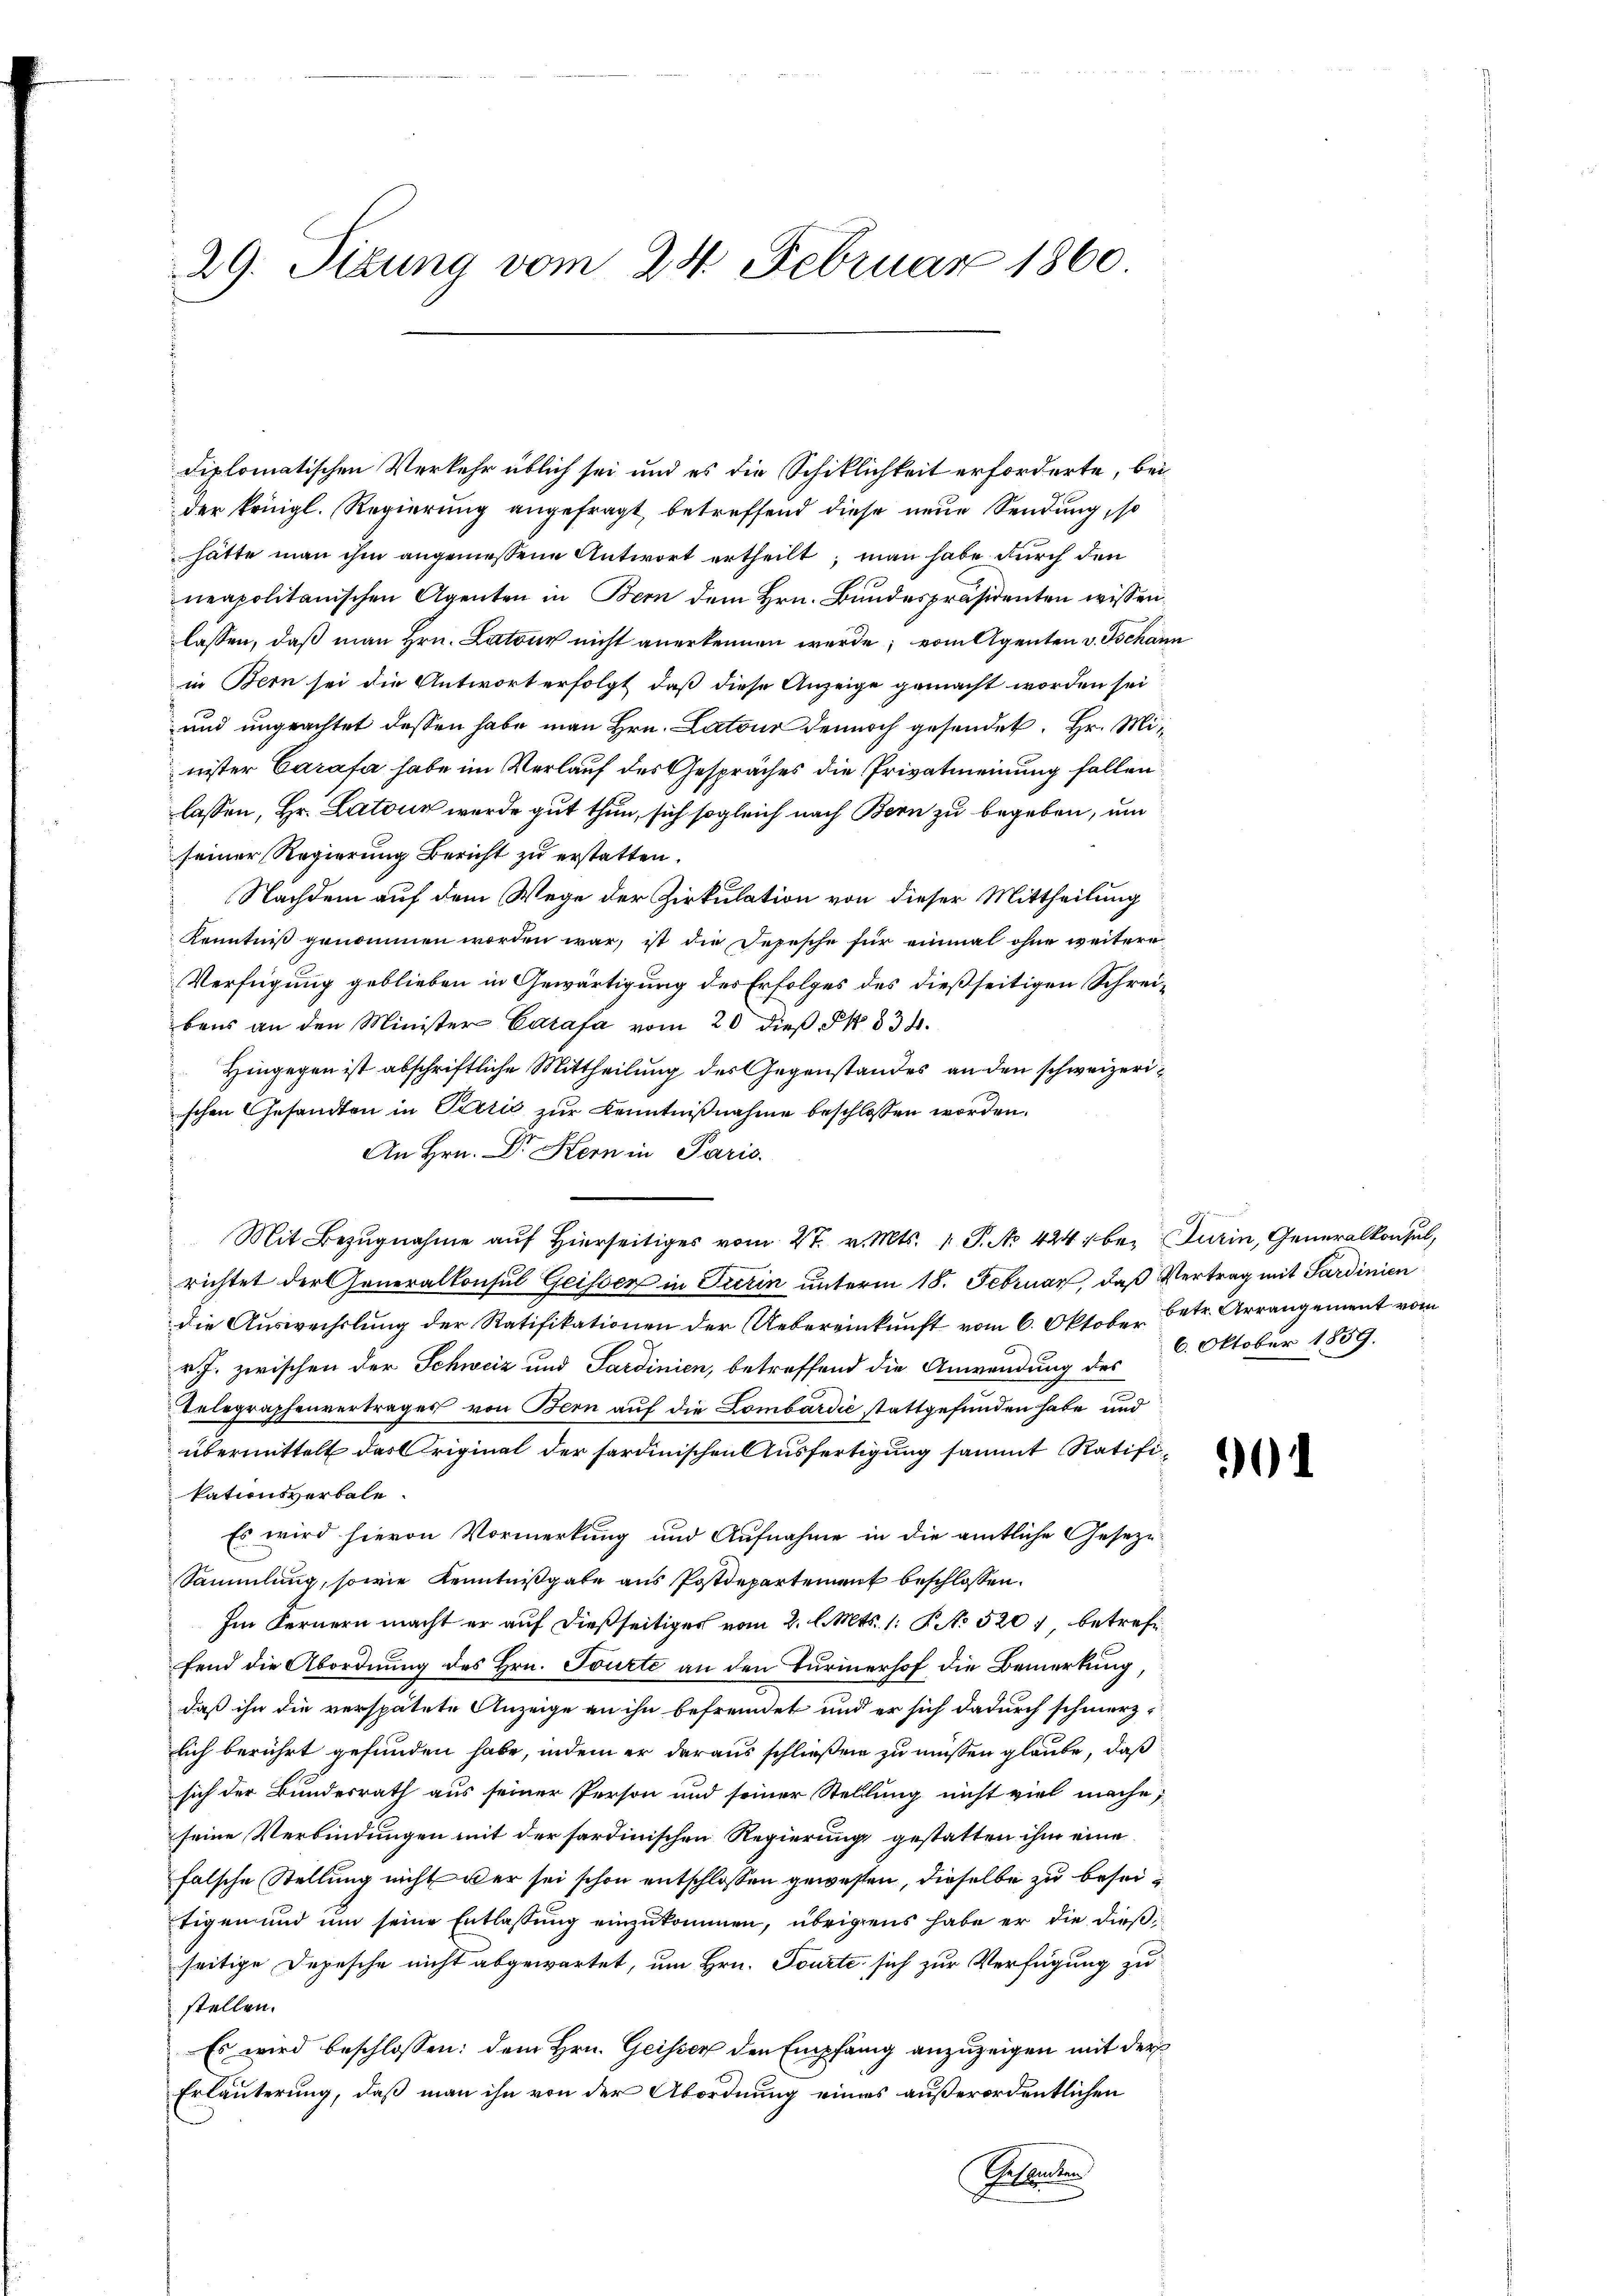
29. Situng vom 24. Februar 1860

der königl. Regierung angefragt, betreffend diese neue Sendung, so
hätte man ihm angemessene Antwort ertheilt; man habe durch den
neapolitanischen Agenten in Bern dem Hrn. Bundespräsidenten wissen.
lassen, daß man Hrn. Latour nicht anerkennen werde; vom Agenten v. Tschann
in Bern sei die Antwort erfolgt, daß diese Anzeige gemacht worden sei
und angeachtet dessen habe man Hrn. Latour dennoch gesendet. Hr. Minister Carasa habe im Verlauf des Gespräches die Privatmeinung fallen
lassen, Hr. Latour wurde gut thun, sich sogleich nach Bern zu begeben, um
seiner Regierung Bericht zu erstatten.
Nachdem auf dem Wege der Zirkulation von dieser Mittheilung
Kenntniß genommen worden war, ist die Depesche für einmal ohne weitere
Verfügung geblieben in Gewärtigung des Erfolges des dießseitigen Schreibens an den Minister Carasa vom 20 dieß §. 834.
Hingegen ist abschriftliche Mittheilung des Gegenstandes an den schweizerischen Gesandten in Perić zŭr Kenntniβnahme beschlossen worden.
An Hrn. Dr Hern in Paris.
Mit Bezugnahme auf hierseitiges vom 27. v. Mts. 1 P. Nr. 424, bei Turin, Generalkonsul,
richtet der Generalkonsul Geisser in Turin unterm 18. Februar, daß Vertrag mit Sardinien
die Auswechslung der Ratifikationen der Uebereinkunft vom 6. Oktober Betr. Arrangement vom
v. J. zwischen der Schweiz und Sardinien, betreffend die Anwendung des 6. Oktober 1859.
Telegraphenvertrages von Bern auf die Lombardić stattgefunden habe und
übermittelt das Criginal der sardinischen Ausfertigung sammt Ratifikationsverbale.
Es wird hievon Vormerkung und Aufnahme in die amtliche Geseze¬
Sammlung, sowie Kenntnißgabe aus Postdepartement beschlossen:
Im Fernern macht er auf dießseitiges vom 2. l. Mts. 1. P. No 520), betrefffend die Abordnung des Hrn. Tourte an den Turinerhof die Bemerkung,
daß ihn die verspätete Anzeige an ihn befremdet und er sich dadurch schmerz
lich berührt gefunden habe, indem er daraus schließen zu müssen glaube, daß
sich der Bundesrath aus seiner Person und seiner Stellung nicht viel mache;
seine Verbindungen mit der sardinischen Regierung gestatten ihm eine
falsche Stellung nicht der sei schon entschlossen gewesen, dieselbe zu beseitigen und um seine Entlassung einzukommen, übrigens habe er die dießseitige Depesche nicht abgewartet, um Hrn. Tourte sich zur Verfügung zu
stellen.
Es wird beschlossen: dem Hrn. Geisser den Empfang anzuzeigen mit der
Erläuterung, daß man ihn von der Abordnung eines außerordentlichen
Schenden

diplomatischen Verkehr üblich sei und es die Schiklichkeit erforderte, bei

901